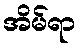
အိမ်ရာ